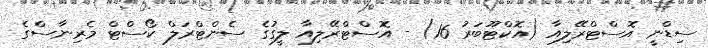
ސިޑްނީ އޮސްޓްރޭލިއާ (އޮކްޓޫބަރު 16) - އޮސްޓްރޭލިއާ ލީގުގެ ސެންޓްރަލް ކޯސްޓް މެރިނާސްގެ